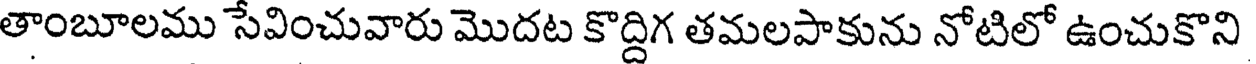
తాంబూలము సేవించువారు మొదట కొద్దిగ తమలపాకును నోటిలో ఉంచుకొని